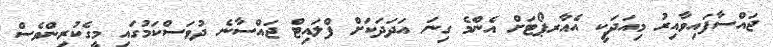
ޖައްސާފައިވާއިރު މިއަދަކީ އެއާރޕޯޓަށް އެންމެ ގިނަ އަދަދަކަށް ފްލައިޓް ޖައްސާނެ ދުވަސްކަމުގައި މީގެކުރިންވެސް